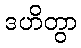
ဒဟိတွာ